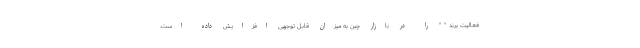
فعالیت برند " " را در بازار چین به میزان قابل توجهی افزایش داده است.